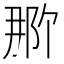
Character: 𬪄